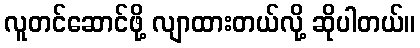
လူတင်ဆောင်ဖို့ လျာထားတယ်လို့ ဆိုပါတယ်။